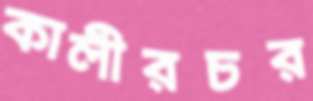
কালীরচর